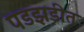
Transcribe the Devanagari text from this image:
पडझडीत